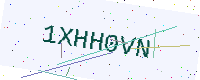
Text: 1XHH0VN